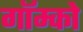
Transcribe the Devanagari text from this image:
गॉम्को